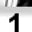
Digit: 1